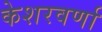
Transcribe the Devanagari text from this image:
केशरवर्णा